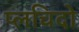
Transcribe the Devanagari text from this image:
प्लचिदो